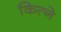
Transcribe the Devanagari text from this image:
कित्ने